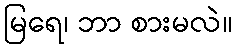
မြရေ၊ ဘာ စားမလဲ။